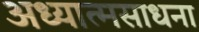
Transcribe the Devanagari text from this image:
अध्यात्मसाधना